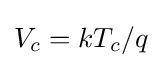
V_{c}=kT_{c}/q